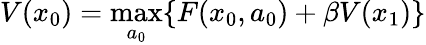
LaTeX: V(x_{0})=\operatorname*{max}_{a_{0}}\{ F(x_{0},a_{0})+\beta V(x_{1})\}